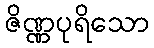
ဇိဏ္ဏပုရိသော